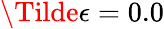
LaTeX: \Tilde{\epsilon}=0.0